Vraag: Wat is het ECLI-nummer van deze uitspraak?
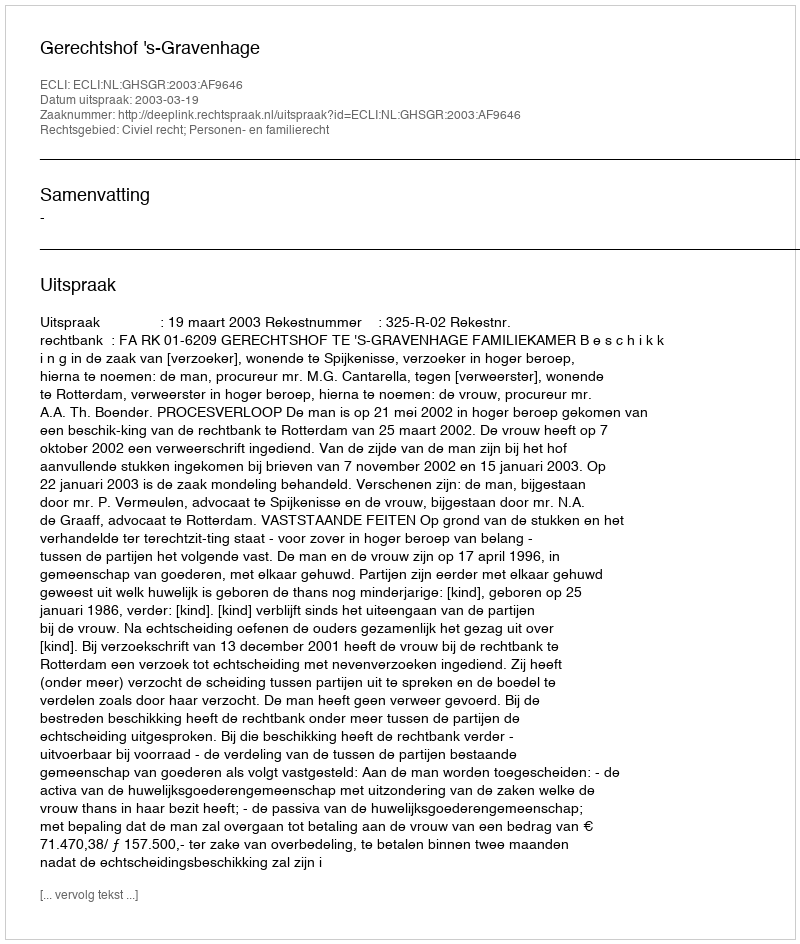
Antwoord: ECLI:NL:GHSGR:2003:AF9646